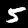
Digit: 5